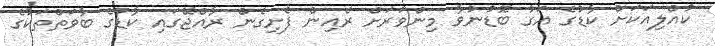
ކުއްލިއަކަށް ކާޑުގެ އަގު ބޮޑުނުވާ މިންވަރަށް ރެއިން ފެށިގެން ރާއްޖޭގައި ކާޑުގެ ބާވަތްތަކުގެ